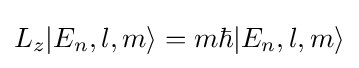
L_{z}|E_{n},l,m\rangle =m\hbar |E_{n},l,m\rangle